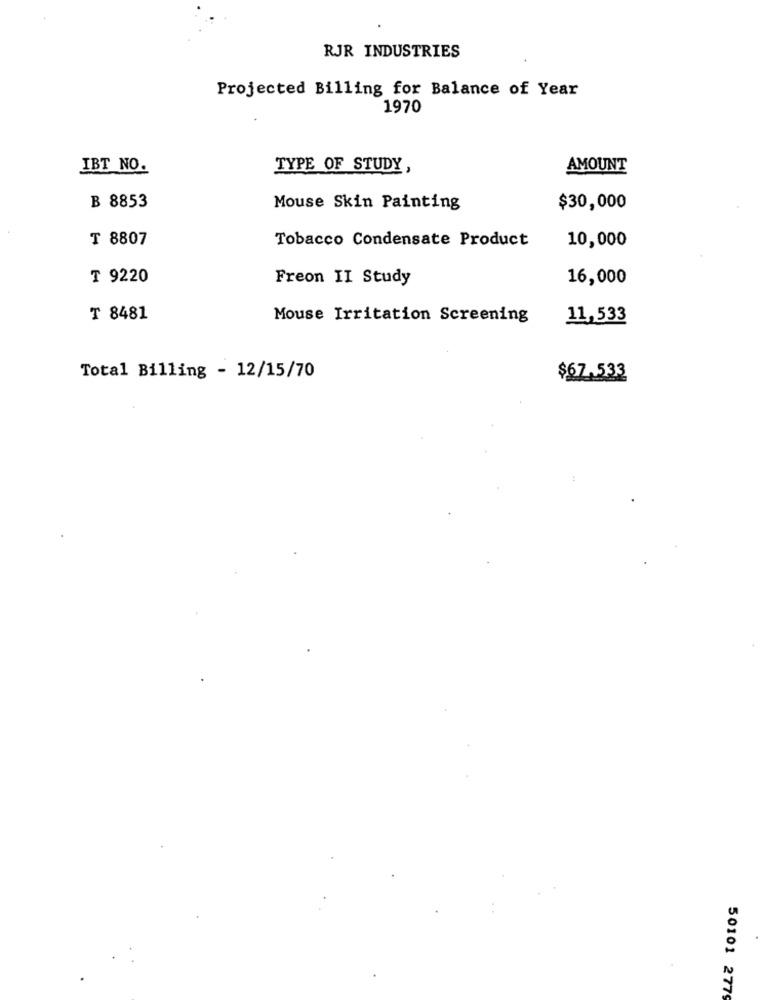
RJR INDUSTRIES
Projected Billing for Balance of Year
1970
IBT NO.
TYPE OF STUDY,
AMOUNT
B 8853
Mouse Skin Painting
$30,000
₸ 8807
Tobacco Condensate Product
10,000
₸ 9220
Freon II Study
16,000
₸ 8481
Mouse Irritation Screening
11,533
Total Billing - 12/15/70
$67.533
50101 2779